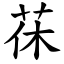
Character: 茠